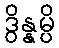
ဒွိန္နမ္ပိ